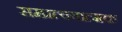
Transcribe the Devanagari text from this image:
सम्प्रत्ययात्मक